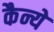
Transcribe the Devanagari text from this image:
कैन्ये